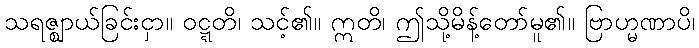
သရဇ္ဈာယ်ခြင်းငှာ။ ဝဋ္ဋတိ၊ သင့်၏။ ဣတိ၊ ဤသို့မိန့်တော်မူ၏။ ဗြာဟ္မဏာပိ၊